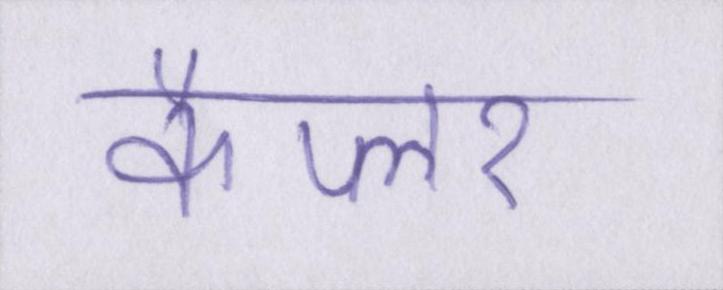
कैप्लर